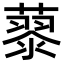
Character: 𮑹